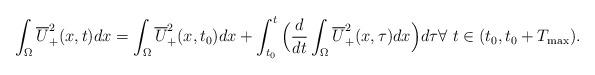
LaTeX: \begin{align*}\int_\Omega \overline U_+^2(x,t)dx=\int_\Omega \overline U_+^2(x,t_0)dx+\int_{t_0}^t \Big(\frac{d}{dt}\int_{\Omega}\overline U_+^2(x,\tau)dx\Big)d\tau\forall\,\, t\in (t_0,t_0+T_{\max}).\end{align*}